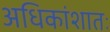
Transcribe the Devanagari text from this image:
अधिकांशातः